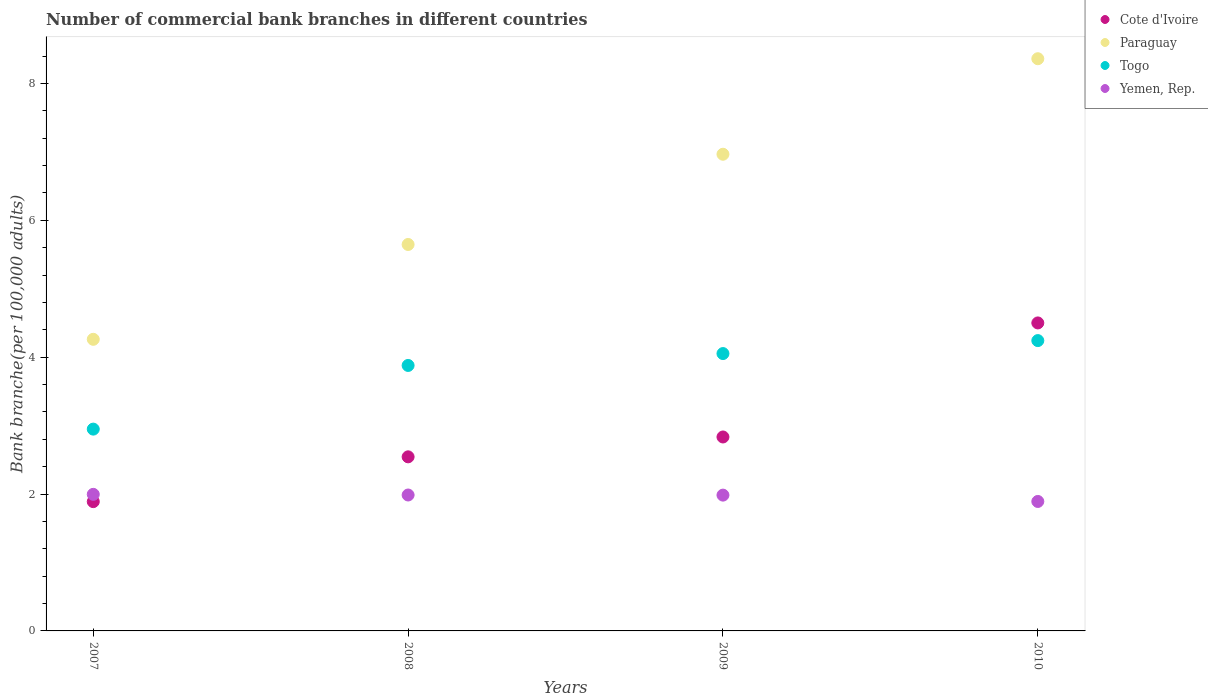
| Years | Cote d'Ivoire | Paraguay | Togo | Yemen, Rep. |
 | --- | --- | --- | --- | --- |
 | 2007 | 1.89 | 4.26 | 2.95 | 2 |
 | 2008 | 2.54 | 5.65 | 3.88 | 1.99 |
 | 2009 | 2.83 | 6.97 | 4.05 | 1.98 |
 | 2010 | 4.5 | 8.36 | 4.24 | 1.89 |